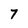
Character: 7